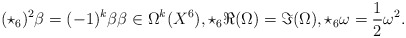
\begin{align*}\begin{aligned} (\star_6)^2 \beta = (-1)^k \beta \beta \in \Omega^k(X^6),\star_6 \Re(\Omega) = \Im(\Omega), \star_6 \omega = \frac{1}{2}\omega^2.\end{aligned}\end{align*}